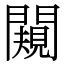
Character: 闚